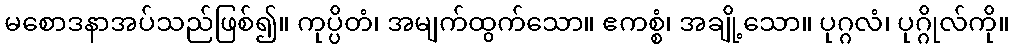
မစောဒနာအပ်သည်ဖြစ်၍။ ကုပ္ပိတံ၊ အမျက်ထွက်သော။ ဧကစ္စံ၊ အချို့သော။ ပုဂ္ဂလံ၊ ပုဂ္ဂိုလ်ကို။